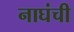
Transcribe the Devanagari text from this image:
नाघंची